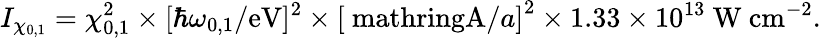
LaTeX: I_{\chi_{0,1}}=\chi_{0,1}^{2}\times\lbrack\hbar\omega_{0,1}/\mathrm{eV}]^{2}\times\left[\mathrm{\ mathring{A}}/a\right]^{2}\times 1.33\times 10^{13}\ \mathrm{W\ cm}^{-2}.